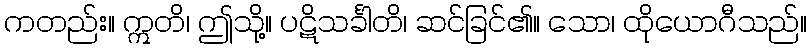
ကတည်း။ ဣတိ၊ ဤသို့။ ပဋိသင်္ခါတိ၊ ဆင်ခြင်၏။ သော၊ ထိုယောဂီသည်။